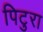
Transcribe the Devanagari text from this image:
पिटुरा